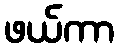
ဖယ်ကာ